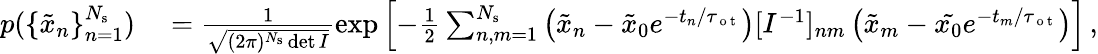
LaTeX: \begin{array}{rl}{p(\{ \tilde{x}_{n}\} _{n=1}^{N_{\mathrm{s}}})}&{{}=\frac{1}{\sqrt{(2\pi)^{N_{\mathrm{s}}}\operatorname*{det}I}}\exp\left[-\frac{1}{2}\sum_{n,m=1}^{N_{\mathrm{s}}}\left(\tilde{x}_{n}-\tilde{x}_{0}e^{-t_{n}/\tau_{\mathrm{~o~t~}}}\right)[I^{-1}]_{nm}\left(\tilde{x}_{m}-\tilde{x_{0}}e^{-t_{m}/\tau_{\mathrm{~o~t~}}}\right)\right]\, ,}\end{array}